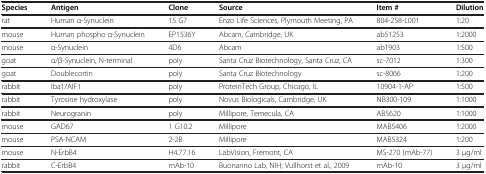
| Species | Antigen | Clone | Source | Item # | Dilution |
 | --- | --- | --- | --- | --- | --- |
 | rat | Human α-Synuclein | 15 G7 | Enzo Life Sciences, Plymouth Meeting, PA | 804-258-L001 | 1:20 |
 | mouse | Human phospho α-Synuclein | EP1536Y | Abcam, Cambridge, UK | ab51253 | 1:2000 |
 | mouse | α-Synuclein | 4D6 | Abcam | ab1903 | 1:500 |
 | goat | α/β-Synuclein, N-terminal | poly | Santa Cruz Biotechnology, Santa Cruz, CA | sc-7012 | 1:300 |
 | goat | Doublecortin | poly | Santa Cruz Biotechnology | sc-8066 | 1:200 |
 | rabbit | Iba1/AIF1 | poly | ProteinTech Group, Chicago, IL | 10904-1-AP | 1:500 |
 | rabbit | Tyrosine hydroxylase | poly | Novus Biologicals, Cambridge, UK | NB300-109 | 1:1000 |
 | rabbit | Neurogranin | poly | Millipore, Temecula, CA | AB5620 | 1:1000 |
 | mouse | GAD67 | 1 G10.2 | Millipore | MAB5406 | 1:2000 |
 | mouse | PSA-NCAM | 2-2B | Millipore | MAB5324 | 1:200 |
 | mouse | N-ErbB4 | H4.77.16 | LabVision, Fremont, CA | MS-270 (mAb-77) | 3 μg/ml |
 | rabbit | C-ErbB4 | mAb-10 | Buonanno Lab, NIH; Vullhorst et al., 2009 | mAb-10 | 3 μg/ml |